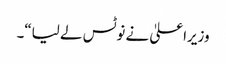
وزیراعلیٰ نے نوٹس لے لیا“۔